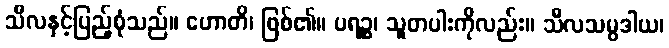
သီလနှင့်ပြည့်စုံသည်။ ဟောတိ၊ ဖြစ်၏။ ပရဉ္စ၊ သူတပါးကိုလည်း။ သီလသမ္ပဒါယ၊